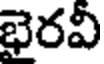
భైరవీ